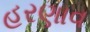
હરણાવ